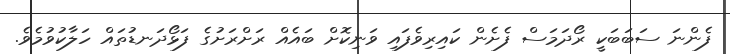
ފެންނަ ސަބަބަކީ ރޯދަމަސް ފެށެން ކައިރިވެފައި ވަނިކޮށް ބައެއް ރަށްރަށުގެ ފަޅޯދަނޑުތައް ހަލާކުވުމެވެ.